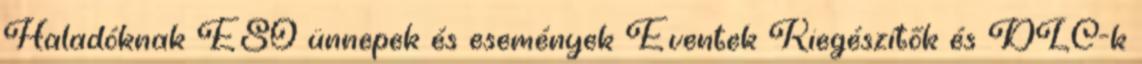
Haladóknak ESO ünnepek és események Eventek Kiegészítők és DLC-k